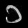
Digit: ၁